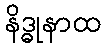
နိဒ္ဓုနာထ